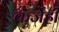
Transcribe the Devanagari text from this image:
कर्जेही